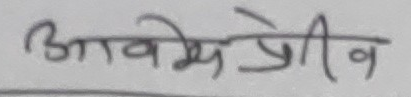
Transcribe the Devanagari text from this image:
आवेमेप्रीव